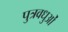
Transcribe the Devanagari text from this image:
पुत्रवधुओं